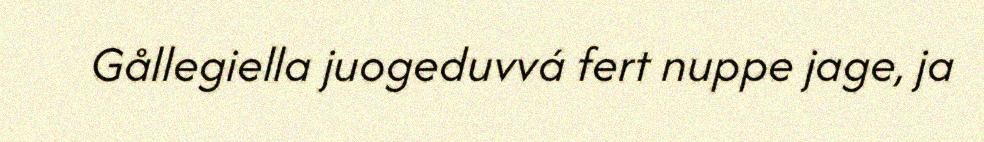
Gållegiella juogeduvvá fert nuppe jage, ja